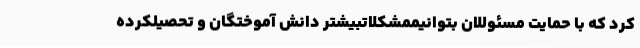
کرد که با حمایت مسئوللان بتوانیممشکلاتبیشتر دانش آموختگان و تحصیلکرده